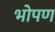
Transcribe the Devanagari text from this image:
भोपण